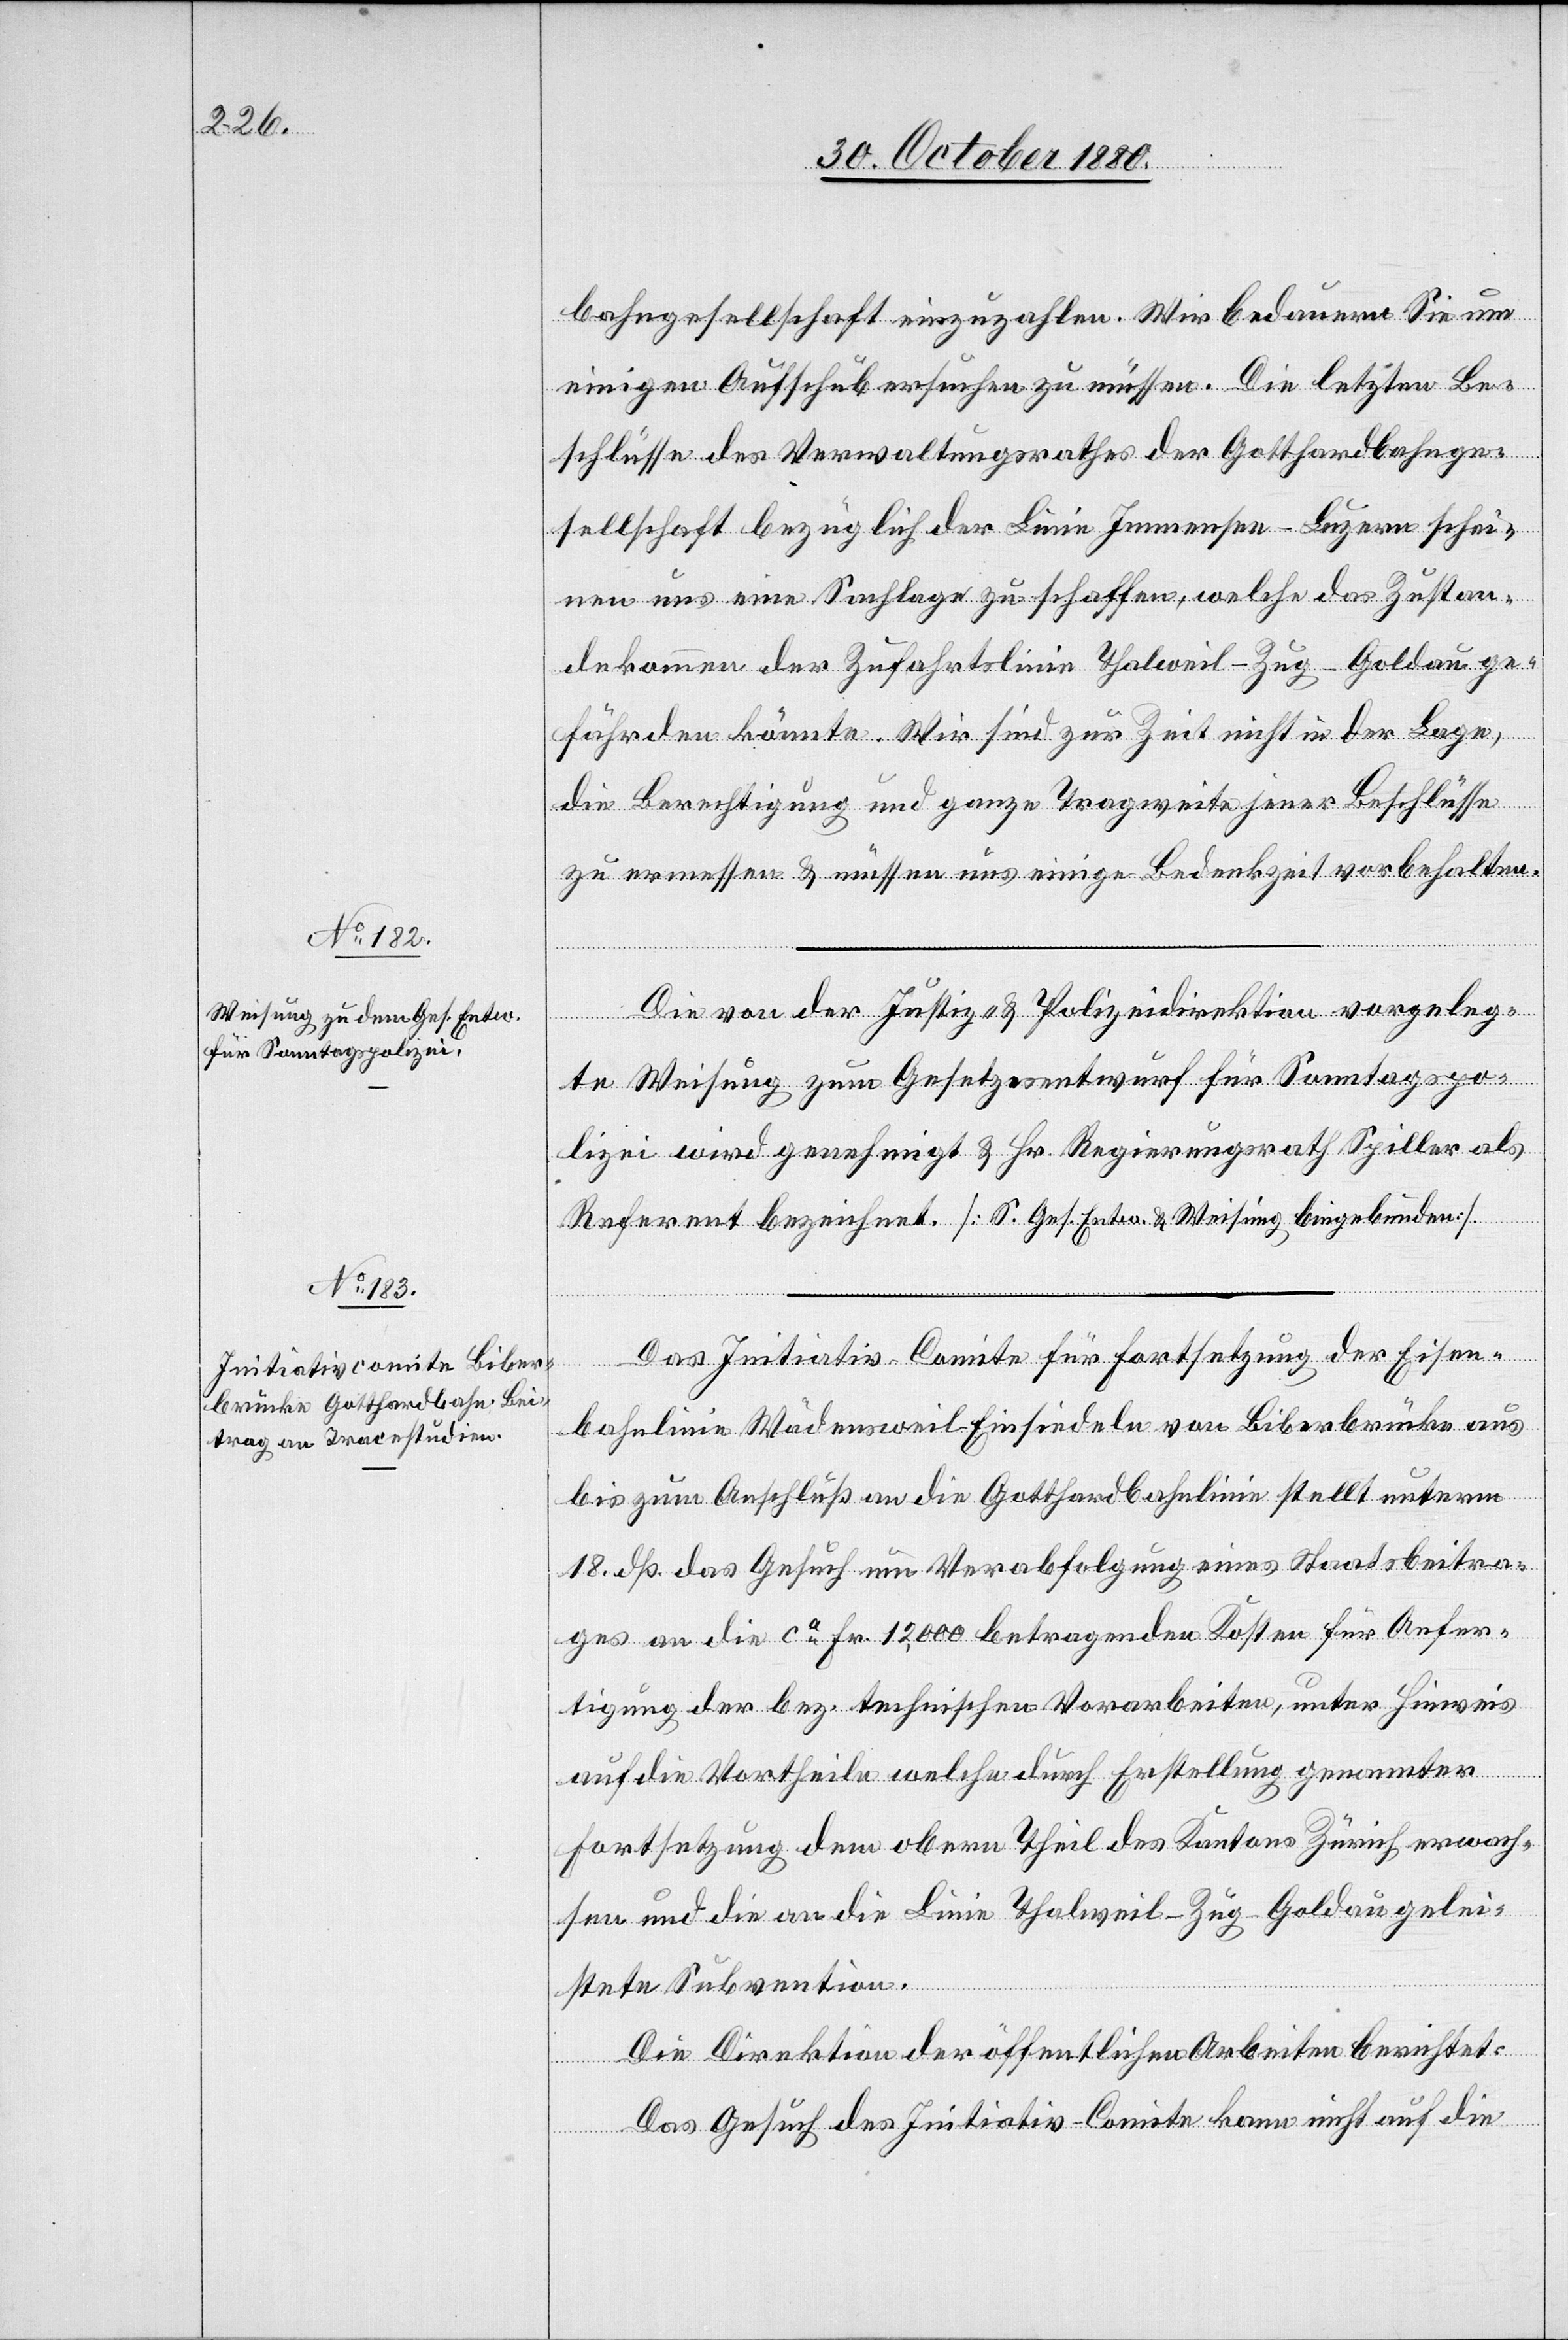
bahngesellschaft einzuzahlen. Wir bedauern Sie um
einigen Aufschub ersuchen zu müssen. Die letzten Be¬
schlüsse des Verwaltungsrathes der Gotthardbahnge¬
sellschaft bezüglich der Linie Immensee–Luzern schei¬
nen uns eine Sachlage zu schaffen, welche das Zustan¬
dekommen der Zufahrtslinie Thalweil–Zug–Goldau ge¬
fährden könnte. Wir sind zur Zeit nicht in der Lage,
die Berechtigung und ganze Tragweite jener Beschlüsse
zu ermessen & müssen uns einige Bedenkzeit vorbehalten.“
Die von der Justiz- & Polizeidirektion vorgeleg¬
te Weisung zum Gesetzesentwurf für Sonntagspo¬
lizei wird genehmigt & Hr. Regierungsrath Spiller als
Referent bezeichnet. [S. Ges. Entw. & Weisung beigebunden].
Das Initiativ-Comite für Fortsetzung der Eisen¬
bahnlinie Wädensweil–Einsiedeln von Biberbrücke aus
bis zum Anschluß an die Gotthardbahnlinie stellt unterm
18. dß das Gesuch um Verabfolgung eines Staatsbeitra¬
ges an die ca Fr. 12,000 betragenden Kosten für Anfer¬
tigung der bez. technischen Vorarbeiten, unter Hinweis
auf die Vortheile welche durch Erstellung genannter
Fortsetzung dem obern Theil des Kantons Zürich erwach¬
sen und die an die Linie Thalweil–Zug–Goldau gelei¬
stete Subvention.
Die Direktion der öffentlichen Arbeiten berichtet:
Das Gesuch des Initiativ-Comite kann nicht auf die